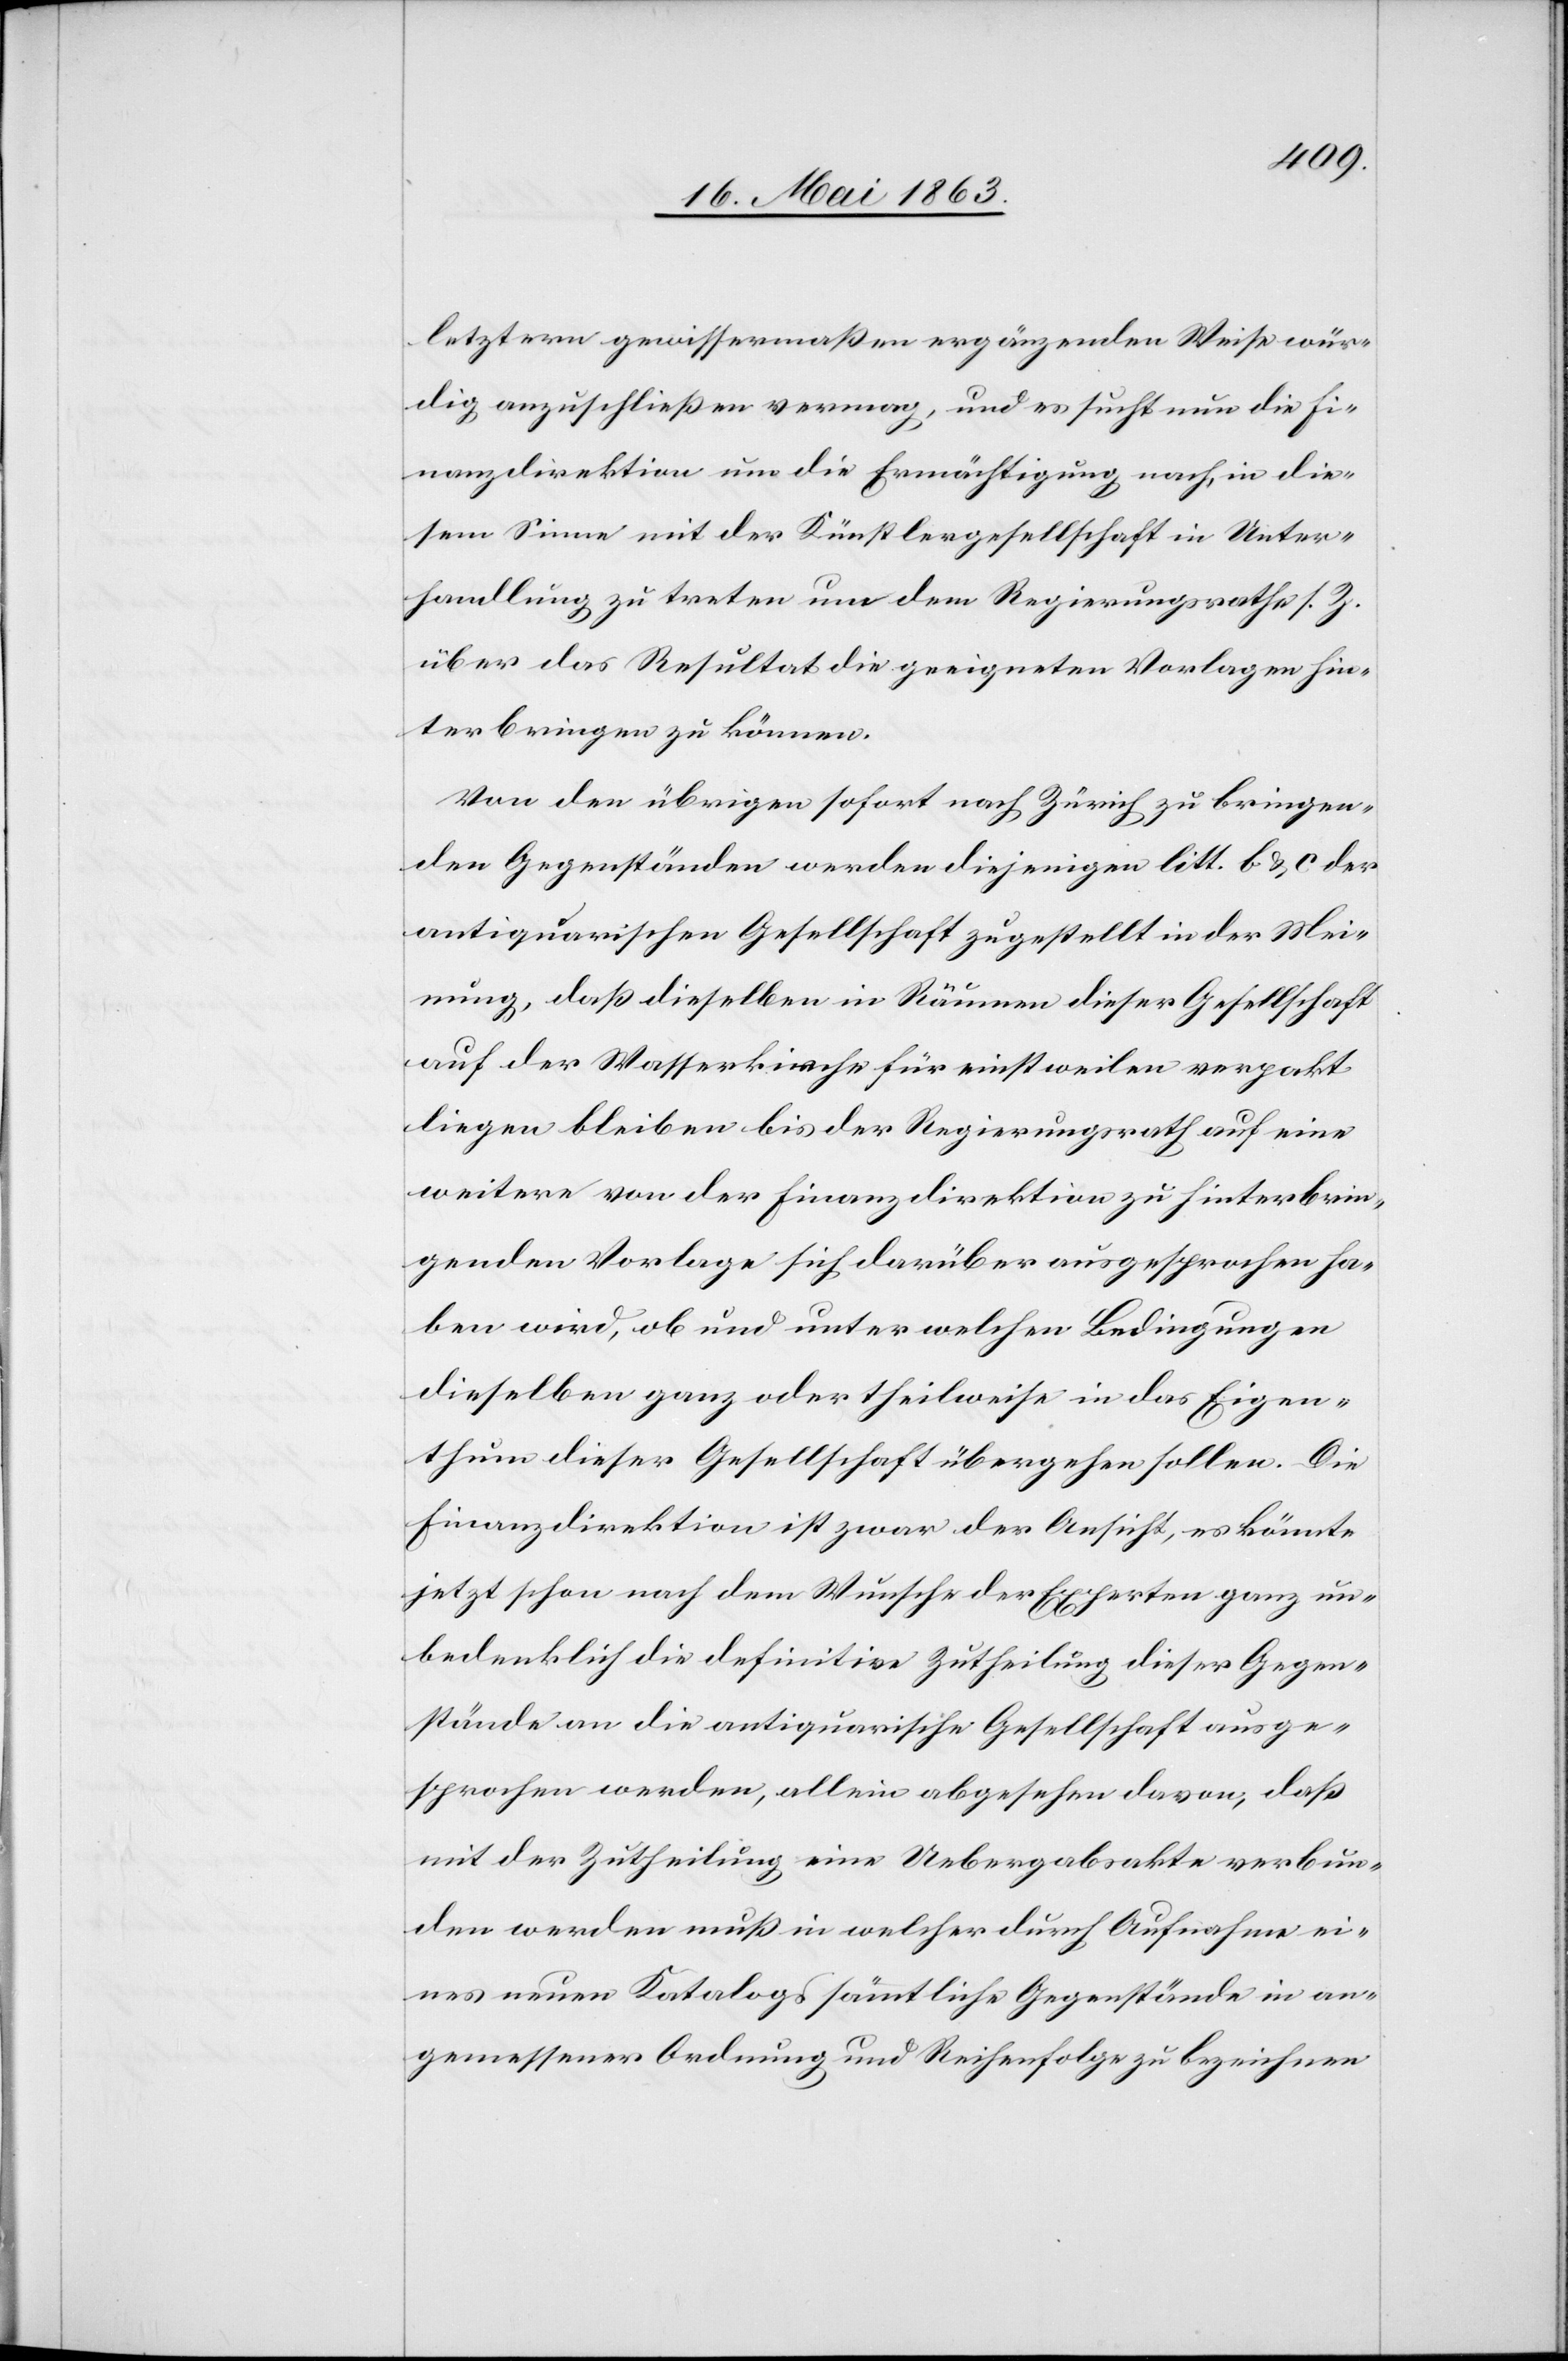
letztern gewissermaßen ergänzenden Weise wür¬
dig anzuschließen vermag, und es sucht nun die Fi¬
nanzdirektion um Ermächtigung nach, in die¬
sem Sinne mit der Künstlergesellschaft in Unter¬
handlung zu treten um dem Regierungsrathe s. Z.
über das Resultat die geeigneten Vorlagen hin¬
terbringen zu können.
Von den übrigen sofort nach Zürich zu bringen¬
den Gegenständen werden diejenigen litt. b & c der
antiquarischen Gesellschaft zugestellt in der Mei¬
nung, daß dieselben in Räumen dieser Gesellschaft
auf der Wasserkirche für einstweilen verpakt
liegen bleiben bis der Regierungsrath auf eine
weitere von der Finanzdirektion zu hinterbrin¬
genden Vorlage sich darüber ausgesprochen ha¬
ben wird, ob und unter welchen Bedingungen
dieselben ganz oder theilweise in das Eigen¬
thum dieser Gesellschaft übergehen sollen. Die
Finanzdirektion ist zwar der Ansicht, es könnte
jetzt schon nach dem Wunsche der Experten ganz un¬
bedenklich die definitive Zutheilung dieser Gegen¬
stände an die antiquarische Gesellschaft ausge¬
sprochen werden, allein abgesehen davon, daß
mit der Zutheilung eine Uebergabsakte verbun¬
den werden muß in welcher durch Aufnahme ei¬
nes neuen Katalogs sämmtliche Gegenstände in an¬
gemessener Ordnung und Reihenfolge zu bezeichnen